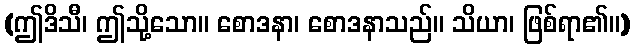
(ဤဒိသီ၊ ဤသို့သော။ စောဒနာ၊ စောဒနာသည်။ သိယာ၊ ဖြစ်ရာ၏။)